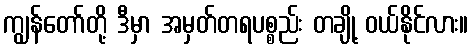
ကျွန်တော်တို့ ဒီမှာ အမှတ်တရပစ္စည်း တချို့ ဝယ်နိုင်လား။